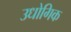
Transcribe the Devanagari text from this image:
उधोगिक